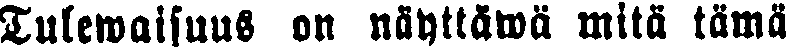
Tulewaisuus on näyttäwä mitä tämä